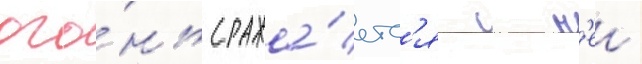
ого́нь сража́етс'я с н'еи